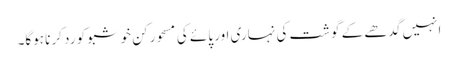
انہیں گدھے کے گوشت کی نہاری اور پائے کی مسحور کن خوشبو کو رد کرنا ہوگا۔